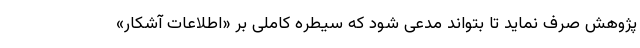
پژوهش صرف نماید تا بتواند مدعی شود که سیطره کاملی بر «اطلاعات آشکار»